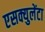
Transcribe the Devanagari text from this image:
एसक्युलेंटा